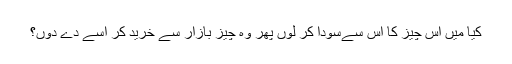
کیا میں اس چیز کا اس سےسودا کر لوں پھر وہ چیز بازار سے خرید کر اسے دے دوں؟